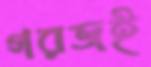
গরজই